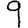
Digit: 9